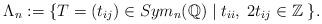
LaTeX: \begin{align*}\Lambda_n&:=\{ T=(t_{ij})\in Sym_n(\mathbb{Q})\;|\; t_{ii},\;2t_{ij}\in\mathbb{Z}\; \}.\end{align*}